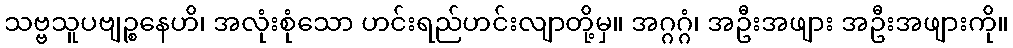
သဗ္ဗသူပဗျဉ္စနေဟိ၊ အလုံးစုံသော ဟင်းရည်ဟင်းလျာတို့မှ။ အဂ္ဂဂ္ဂံ၊ အဦးအဖျား အဦးအဖျားကို။